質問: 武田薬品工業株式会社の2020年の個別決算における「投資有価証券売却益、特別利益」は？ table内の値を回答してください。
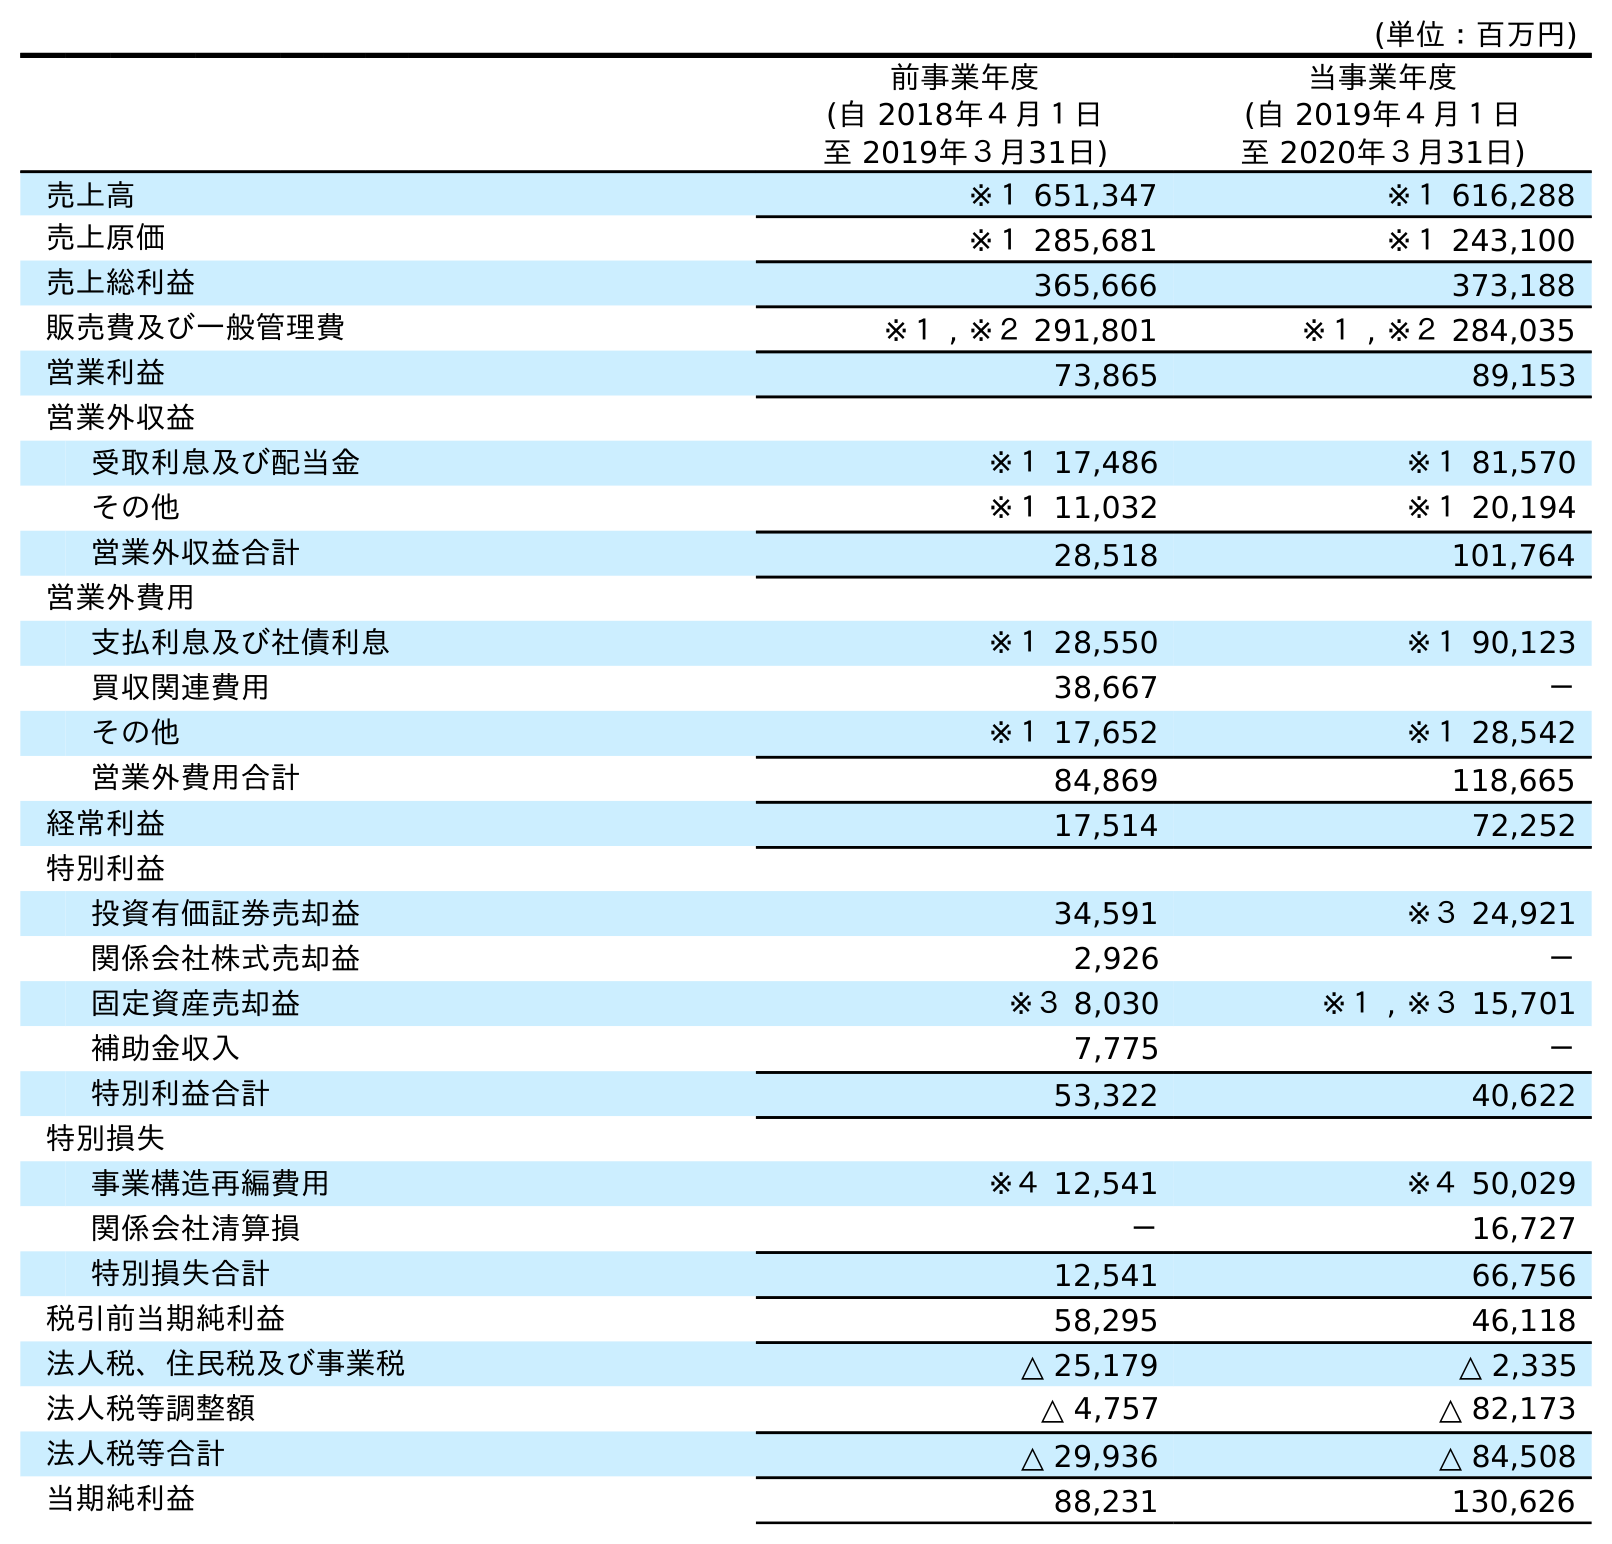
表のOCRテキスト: (単位：百万円) 前事業年度 (自 2018年４月１日 至 2019年３月31日) 当事業年度 (自 2019年４月１日 至 2020年３月31日) 売上高 ※１ 651,347 ※１ 616,288 売上原価 ※１ 285,681 ※１ 243,100 売上総利益 365,666 373,188 販売費及び一般管理費 ※１ , ※２ 291,801 ※１ , ※２ 284,035 営業利益 73,865 89,153 営業外収益 受取利息及び配当金 ※１ 17,486 ※１ 81,570 その他 ※１ 11,032 ※１ 20,194 営業外収益合計 28,518 101,764 営業外費用 支払利息及び社債利息 ※１ 28,550 ※１ 90,123 買収関連費用 38,667 － その他 ※１ 17,652 ※１ 28,542 営業外費用合計 84,869 118,665 経常利益 17,514 72,252 特別利益 投資有価証券売却益 34,591 ※３ 24,921 関係会社株式売却益 2,926 － 固定資産売却益 ※３ 8,030 ※１ , ※３ 15,701 補助金収入 7,775 － 特別利益合計 53,322 40,622 特別損失 事業構造再編費用 ※４ 12,541 ※４ 50,029 関係会社清算損 － 16,727 特別損失合計 12,541 66,756 税引前当期純利益 58,295 46,118 法人税、住民税及び事業税 △ 25,179 △ 2,335 法人税等調整額 △ 4,757 △ 82,173 法人税等合計 △ 29,936 △ 84,508 当期純利益 88,231 130,626
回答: ※３24,921